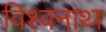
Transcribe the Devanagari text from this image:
विश्‍वनाथ्‍ा